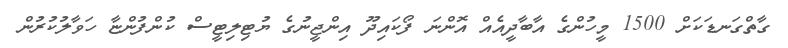
ގާތްގަނޑަކަށް 1500 މީހުންގެ އާބާދީއެއް އޮންނަ ފޯކައިދޫ އިންޖީނުގެ ޔުޓިލިޓީސް ކުންފުންޏާ ހަވާލުކުރުން